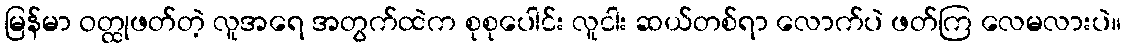
မြန်မာ ဝတ္ထုဖတ်တဲ့ လူအရေ အတွက်ထဲက စုစုပေါင်း လူငါး ဆယ်တစ်ရာ လောက်ပဲ ဖတ်ကြ လေမလားပဲ။